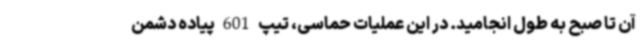
آن تا صبح به طول انجامید. در این عملیات حماسی، تیپ 601 پیاده دشمن